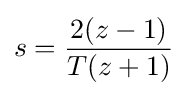
s={\frac {2(z-1)}{T(z+1)}}